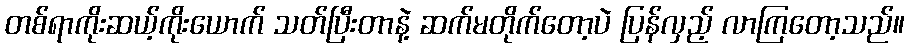
တစ်ရာကိုးဆယ့်ကိုးယောက် သတ်ပြီးတာနဲ့ ဆက်မတိုက်တော့ပဲ ပြန်လှည့် လာကြတော့သည်။